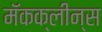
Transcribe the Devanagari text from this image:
मॅकक्लीन्स